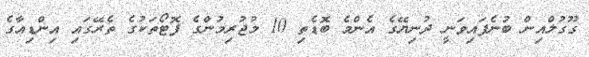
ގޫގުލްއިން ބުނެފައިވަނީ ދުނިޔޭގެ އެންމެ ބޮޑެތި 10 މުޖުރިމުންގެ ފޮޓޯތަކުގެ ތެރޭގައި އިންޑިއާގެ